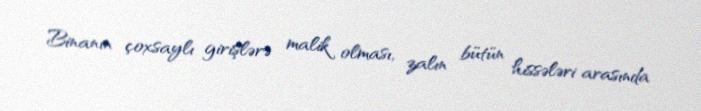
Binanın çoxsaylı girişlərə malik olması, zalın bütün hissələri arasında